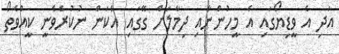
އަދި އެ ވީޑިޔޯގައި އެ މީހުންނާއި ދިމާލަށް ގޭގައި އެކަން ނުކުރެވެނީ ކީއްވެތޯ